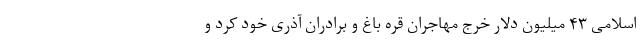
اسلامی ۴۳ میلیون دلار خرج مهاجران قره باغ و برادران آذری خود کرد و